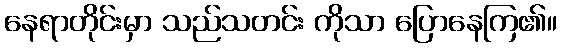
နေရာတိုင်းမှာ သည်သတင်း ကိုသာ ပြောနေကြ၏။